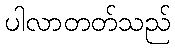
ပါလာတတ်သည်